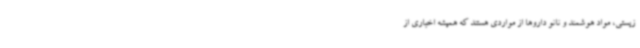
زیستی، مواد هوشمند و نانو داروها از مواردی هستند که همیشه اخباری از